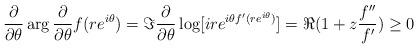
LaTeX: \begin{align*}\frac{\partial}{\partial\theta}\arg\frac{\partial}{\partial\theta}f(re^{i\theta})=\Im\frac{\partial}{\partial\theta}\log[ire^{i\theta f'(re^{i\theta})}]=\Re(1+z\frac{f''}{f'})\geq0\end{align*}